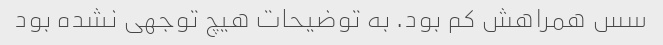
سس همراهش کم بود. به توضیحات هیچ توجهی نشده بود